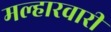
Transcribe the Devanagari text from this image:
मल्हारवारी